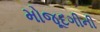
મોજૂદગીની